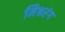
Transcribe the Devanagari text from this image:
मिश्ररंग